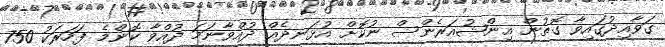
ގަވާއިދުގައިވާ ގޮތުން އިންޝުއަރެންސް ނުކޮށް އުޅަނދެއް ދުއްވާނަމަ ދުއްވާ ކޮންމެ ފަހަރަކު 750